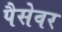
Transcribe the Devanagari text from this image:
पैसेवर